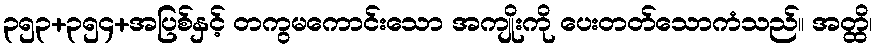
၃၅၃+၃၅၄+အပြစ်နှင့် တကွမကောင်းသော အကျိုးကို ပေးတတ်သောကံသည်။ အတ္ထိ၊